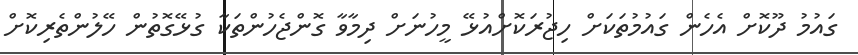
ގައުމު ދޫކޮށް އެހެން ގައުމުތަކަށް ހިޖުރަކޮށްއުޅޭ މީހުނަށް ދިމާވާ ގޮންޖެހުންތަކާ ގުޅޭގޮތުން ހޭލުންތެރިކޮށް